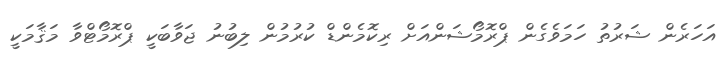
އަހަރެން ޝަރުތު ހަމަވެގެން ޕްރޮމޯޝަންއަށް ރިކޮމެންޑް ކުރުމުން ލިބުނު ޖަވާބަކީ ޕްރޮމޯޓްވާ މަޤާމަކީ